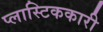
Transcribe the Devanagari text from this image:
प्लास्टिककारी